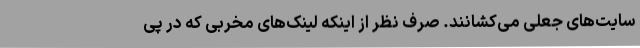
سایت‌های جعلی می‌کشانند. صرف نظر از اینکه لینک‌های مخربی که در پی